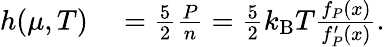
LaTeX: \begin{array}{rl}{h(\mu,T)}&{{}=\frac{5}{2}\frac{P}{n}=\frac{5}{2}k_{\mathrm{B}}T\frac{f_{P}(x)}{f_{P}^{\prime}(x)}.}\end{array}